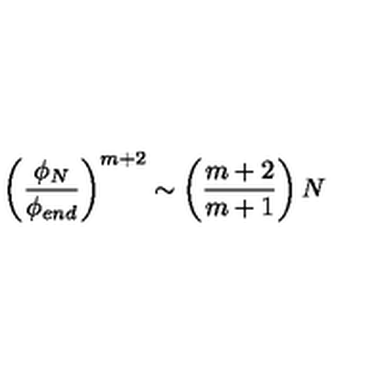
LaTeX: \left( \frac { \phi _ { N } } { \phi _ { e n d } } \right) ^ { m + 2 } \sim \left( \frac { m + 2 } { m + 1 } \right) N